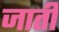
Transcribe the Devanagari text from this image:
जाती